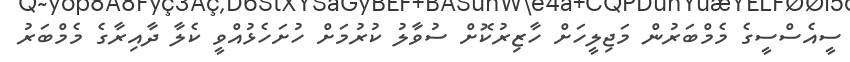
ސީއެސްސީގެ މެމްބަރުން މަޖިލީހަށް ހާޒިރުކޮށް ސުވާލު ކުރުމަށް ހުށަހެޅުއްވީ ކެލާ ދާއިރާގެ މެމްބަރު